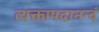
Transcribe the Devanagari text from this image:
त्यक्तापदानन्दं